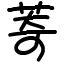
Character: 䓫